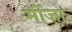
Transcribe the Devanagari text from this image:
मोंज़ा